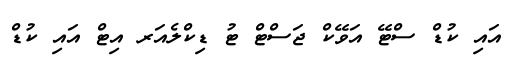
އައި ކުޑް ސްޓޭ އަވޭކް ޖަސްޓް ޓު ޑިކްލެއަރ އިޓް އައި ކުޑް